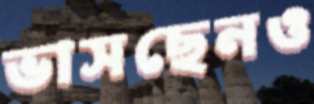
ভাসছেনও